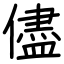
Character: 儘